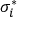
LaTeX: \sigma _ { i } ^ { * }